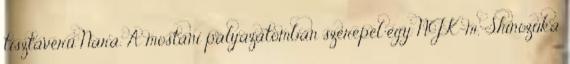
tisztavérű Nara. A mostani pályázatomban szerepel egy NJK-m, Shinozuka